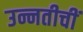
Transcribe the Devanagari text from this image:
उन्नतीचीं